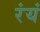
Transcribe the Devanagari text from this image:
रंयं